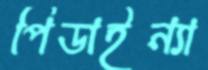
পিডাইন্যা